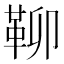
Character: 𩊅